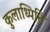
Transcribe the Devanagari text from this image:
कुलाध्पिति